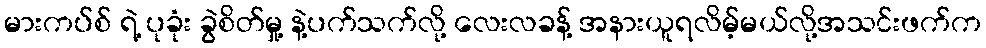
မားကပ်စ် ရဲ့ ပုခုံး ခွဲစိတ်မှု့ နဲ့ပက်သက်လို့ လေးလခန့် အနားယူရလိမ့်မယ်လို့အသင်းဖက်က